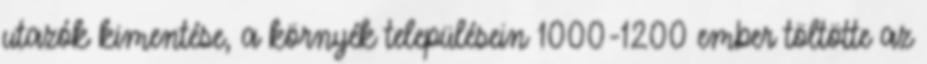
utazók kimentése, a környék településein 1000-1200 ember töltötte az